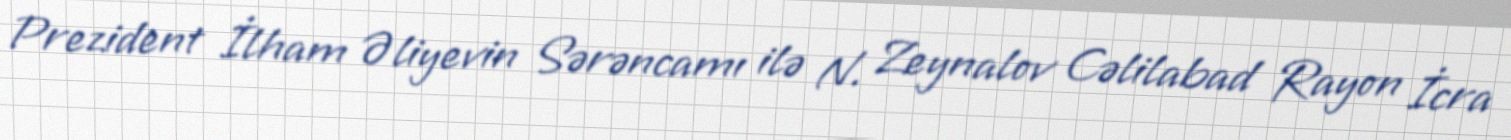
Prezident İlham Əliyevin Sərəncamı ilə N. Zeynalov Cəlilabad Rayon İcra